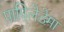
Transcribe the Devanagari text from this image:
पापिलेडेमा